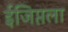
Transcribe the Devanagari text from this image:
ईजिप्तला